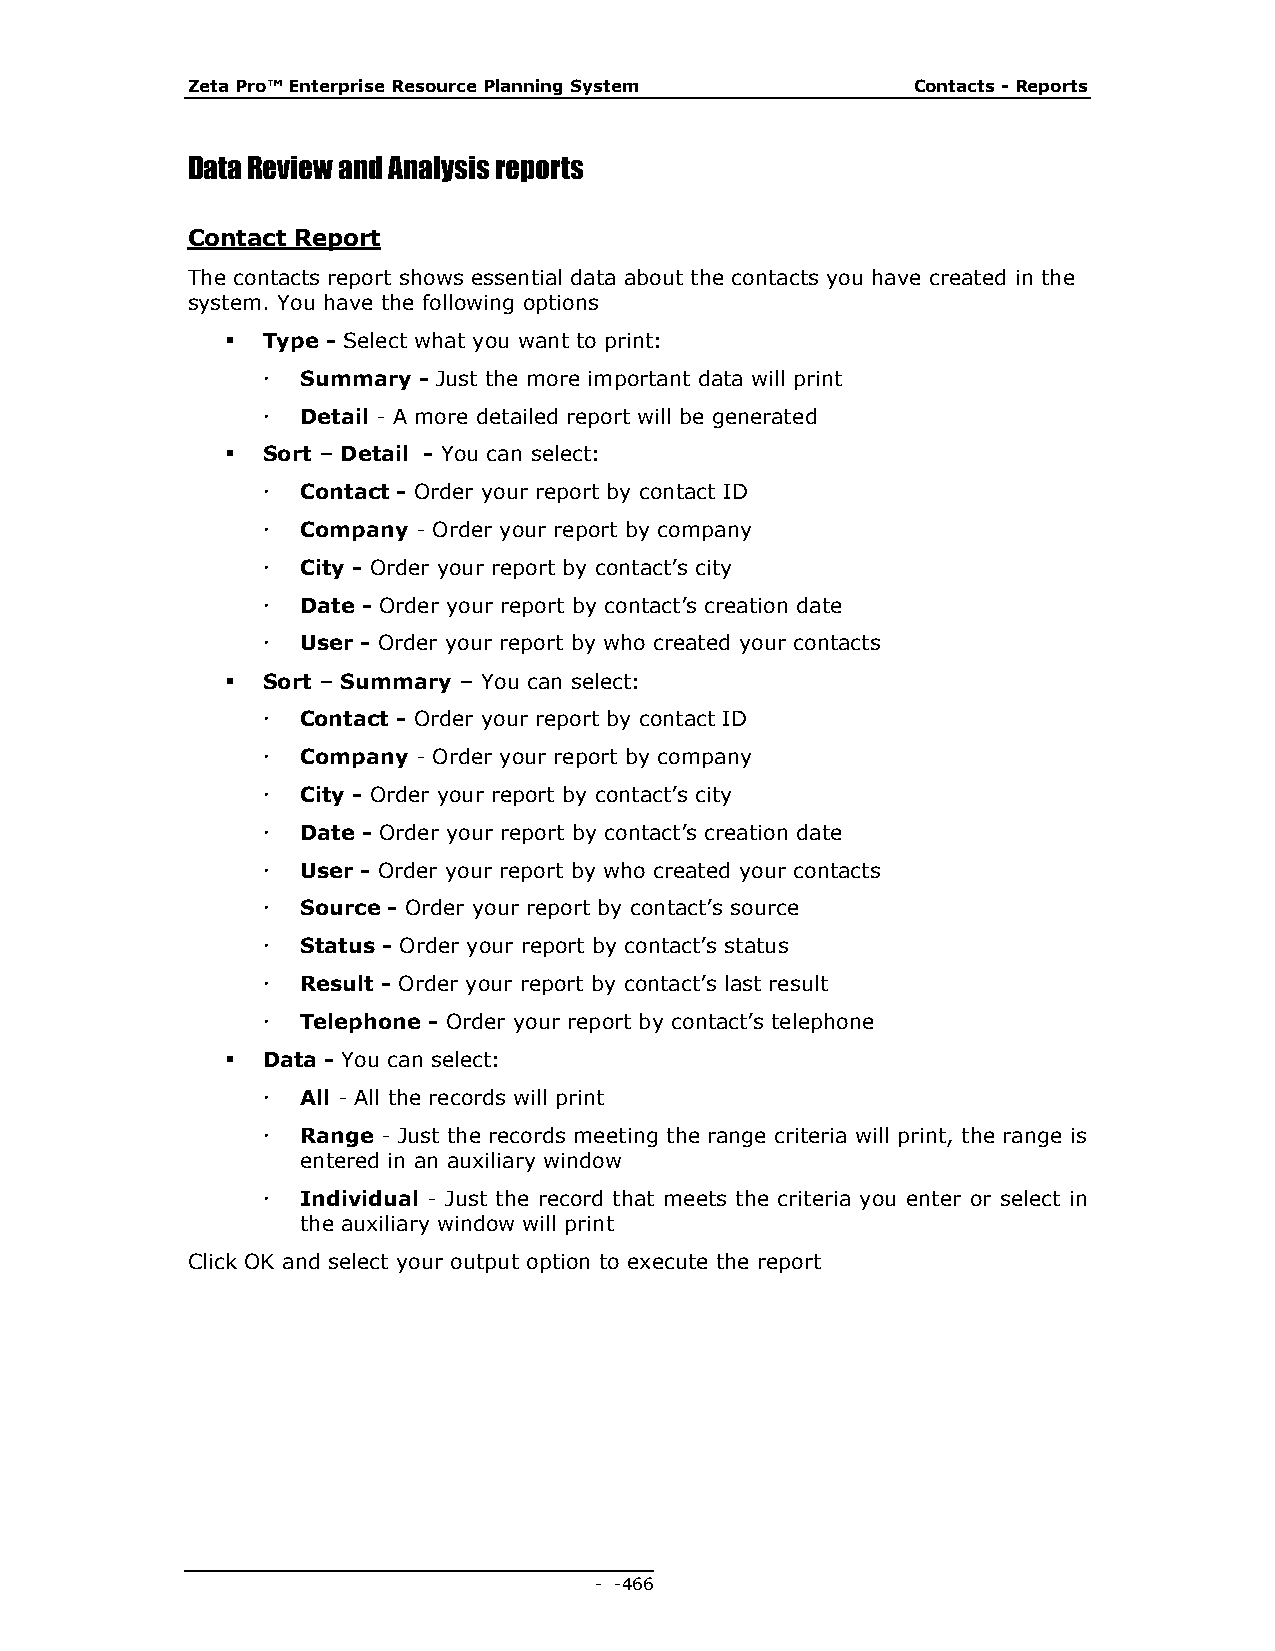
Zeta Pro™ Enterprise Resource Planning System    Contacts - Reports
 Data Review and Analysis reports
 Contact Report
 The contacts report shows essential data about the contacts you have created in the
 system. You have the following options
  Type - Select what you want to print:
   Summary - Just the more important data will print
   Detail - A more detailed report will be generated
  Sort – Detail - You can select:
   Contact - Order your report by contact ID
   Company - Order your report by company
   City - Order your report by contact’s city
   Date - Order your report by contact’s creation date
   User - Order your report by who created your contacts
  Sort – Summary – You can select:
   Contact - Order your report by contact ID
   Company - Order your report by company
   City - Order your report by contact’s city
   Date - Order your report by contact’s creation date
   User - Order your report by who created your contacts
   Source - Order your report by contact’s source
   Status - Order your report by contact’s status
   Result - Order your report by contact’s last result
   Telephone - Order your report by contact’s telephone
  Data - You can select:
   All - All the records will print
   Range - Just the records meeting the range criteria will print, the range is
 entered in an auxiliary window
   Individual - Just the record that meets the criteria you enter or select in
 the auxiliary window will print
 Click OK and select your output option to execute the report
 - - 466